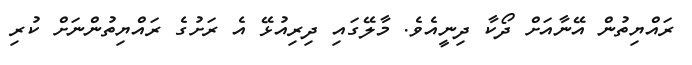
ރައްޔިތުން އޭނާއަށް ދޯކާ ދިނީއެވެ. މާލޭގައި ދިރިއުޅޭ އެ ރަށުގެ ރައްޔިތުންނަށް ކުރި